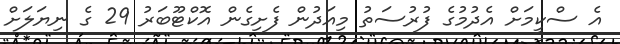
އެ ސްކީމަށް އެދުމުގެ ފުރުސަތު މިއަދުން ފެށިގެން އޮކްޓޫބަރު 29 ގެ ނިޔަލަށް